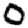
Digit: 0